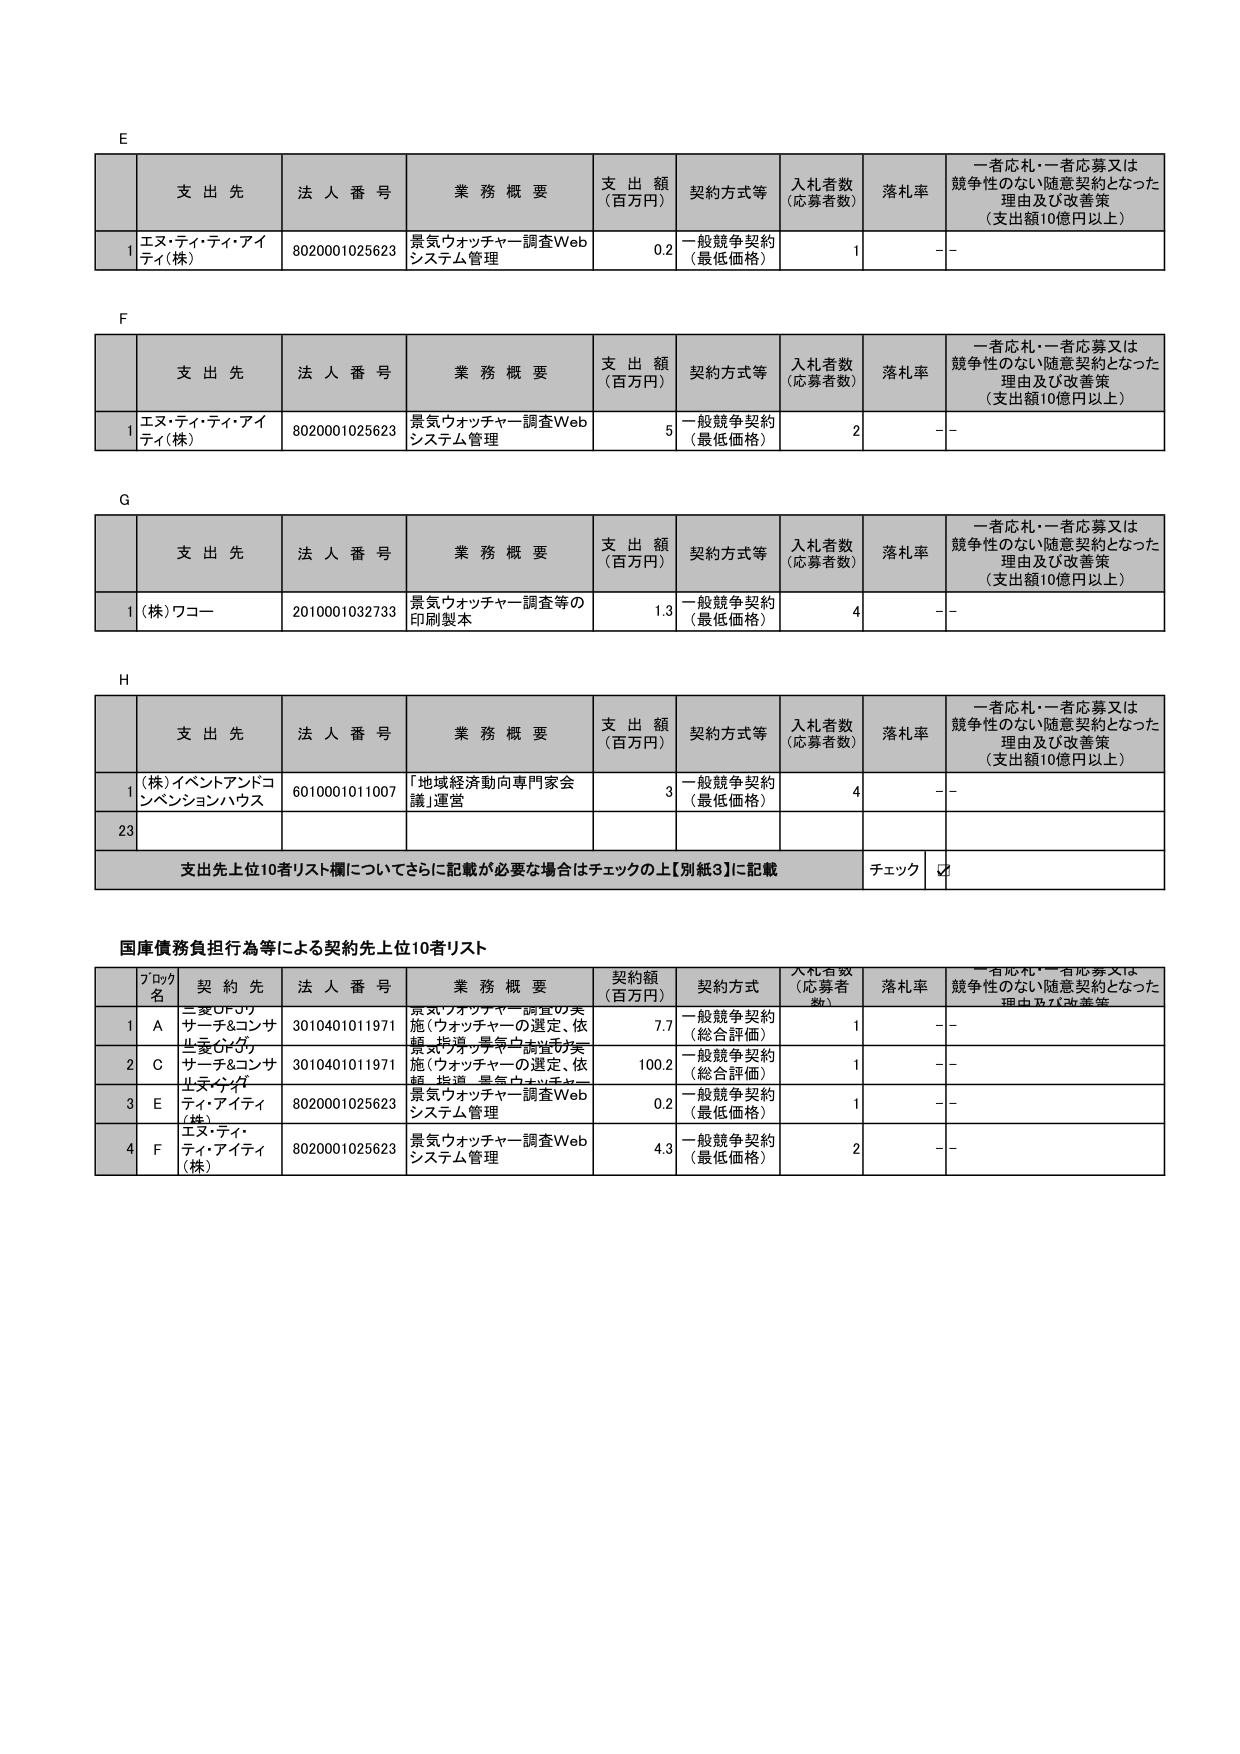
E
支 出 先 法 人 番 号 業 務 概 要 支 出 額 （百万円） 契約方式等 入札者数 （応募者数） 落札率 一者応札・一者応募又は競争性のない随意契約となった理由及び改善策 （支出額10億円以上）
1 エヌ・ティ・ティ・アイティ（株） 8020001025623 景気ウォッチャー調査Webシステム管理 0.2 一般競争契約（最低価格） 1 －－

F
支 出 先 法 人 番 号 業 務 概 要 支 出 額 （百万円） 契約方式等 入札者数 （応募者数） 落札率 一者応札・一者応募又は競争性のない随意契約となった理由及び改善策 （支出額10億円以上）
1 エヌ・ティ・ティ・アイティ（株） 8020001025623 景気ウォッチャー調査Webシステム管理 5 一般競争契約（最低価格） 2 －－

G
支 出 先 法 人 番 号 業 務 概 要 支 出 額 （百万円） 契約方式等 入札者数 （応募者数） 落札率 一者応札・一者応募又は競争性のない随意契約となった理由及び改善策 （支出額10億円以上）
1 （株）ワコー 2010001032733 景気ウォッチャー調査等の印刷製本 1.3 一般競争契約（最低価格） 4 －－

H
支 出 先 法 人 番 号 業 務 概 要 支 出 額 （百万円） 契約方式等 入札者数 （応募者数） 落札率 一者応札・一者応募又は競争性のない随意契約となった理由及び改善策 （支出額10億円以上）
1 （株）イベントアンドコンベンションハウス 6010001011007 「地域経済動向専門家会議」運営 3 一般競争契約（最低価格） 4 －－
23
支出先上位10者リスト欄についてさらに記載が必要な場合はチェックの上【別紙3】に記載 チェック ☑

国庫債務負担行為等による契約先上位10者リスト
ブロック名 契 約 先 法 人 番 号 業 務 概 要 契約額 （百万円） 契約方式 入札者数 （応募者数） 落札率 一者応札・一者応募又は競争性のない随意契約となった理由及び改善策
1 A 三菱UFJリサーチ&コンサルティング 3010401011971 景気ウォッチャー調査の実施（ウォッチャーの選定、依頼、指導、景気ウォッチャー調査の実施） 7.7 一般競争契約（総合評価） 1 －－
2 C 三菱UFJリサーチ&コンサルティング 3010401011971 景気ウォッチャー調査の実施（ウォッチャーの選定、依頼、指導、景気ウォッチャー調査の実施） 100.2 一般競争契約（総合評価） 1 －－
3 E エヌ・ティ・ティ・アイティ（株） 8020001025623 景気ウォッチャー調査Webシステム管理 0.2 一般競争契約（最低価格） 1 －－
4 F エヌ・ティ・ティ・アイティ（株） 8020001025623 景気ウォッチャー調査Webシステム管理 4.3 一般競争契約（最低価格） 2 －－